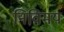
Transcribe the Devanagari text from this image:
निविमय